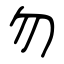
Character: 勿